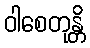
ဝါစေတုန္တိ